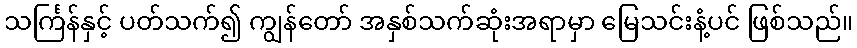
သင်္ကြန်နှင့် ပတ်သက်၍ ကျွန်တော် အနှစ်သက်ဆုံးအရာမှာ မြေသင်းနံ့ပင် ဖြစ်သည်။